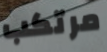
مرتكب